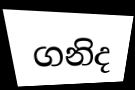
ගනිද